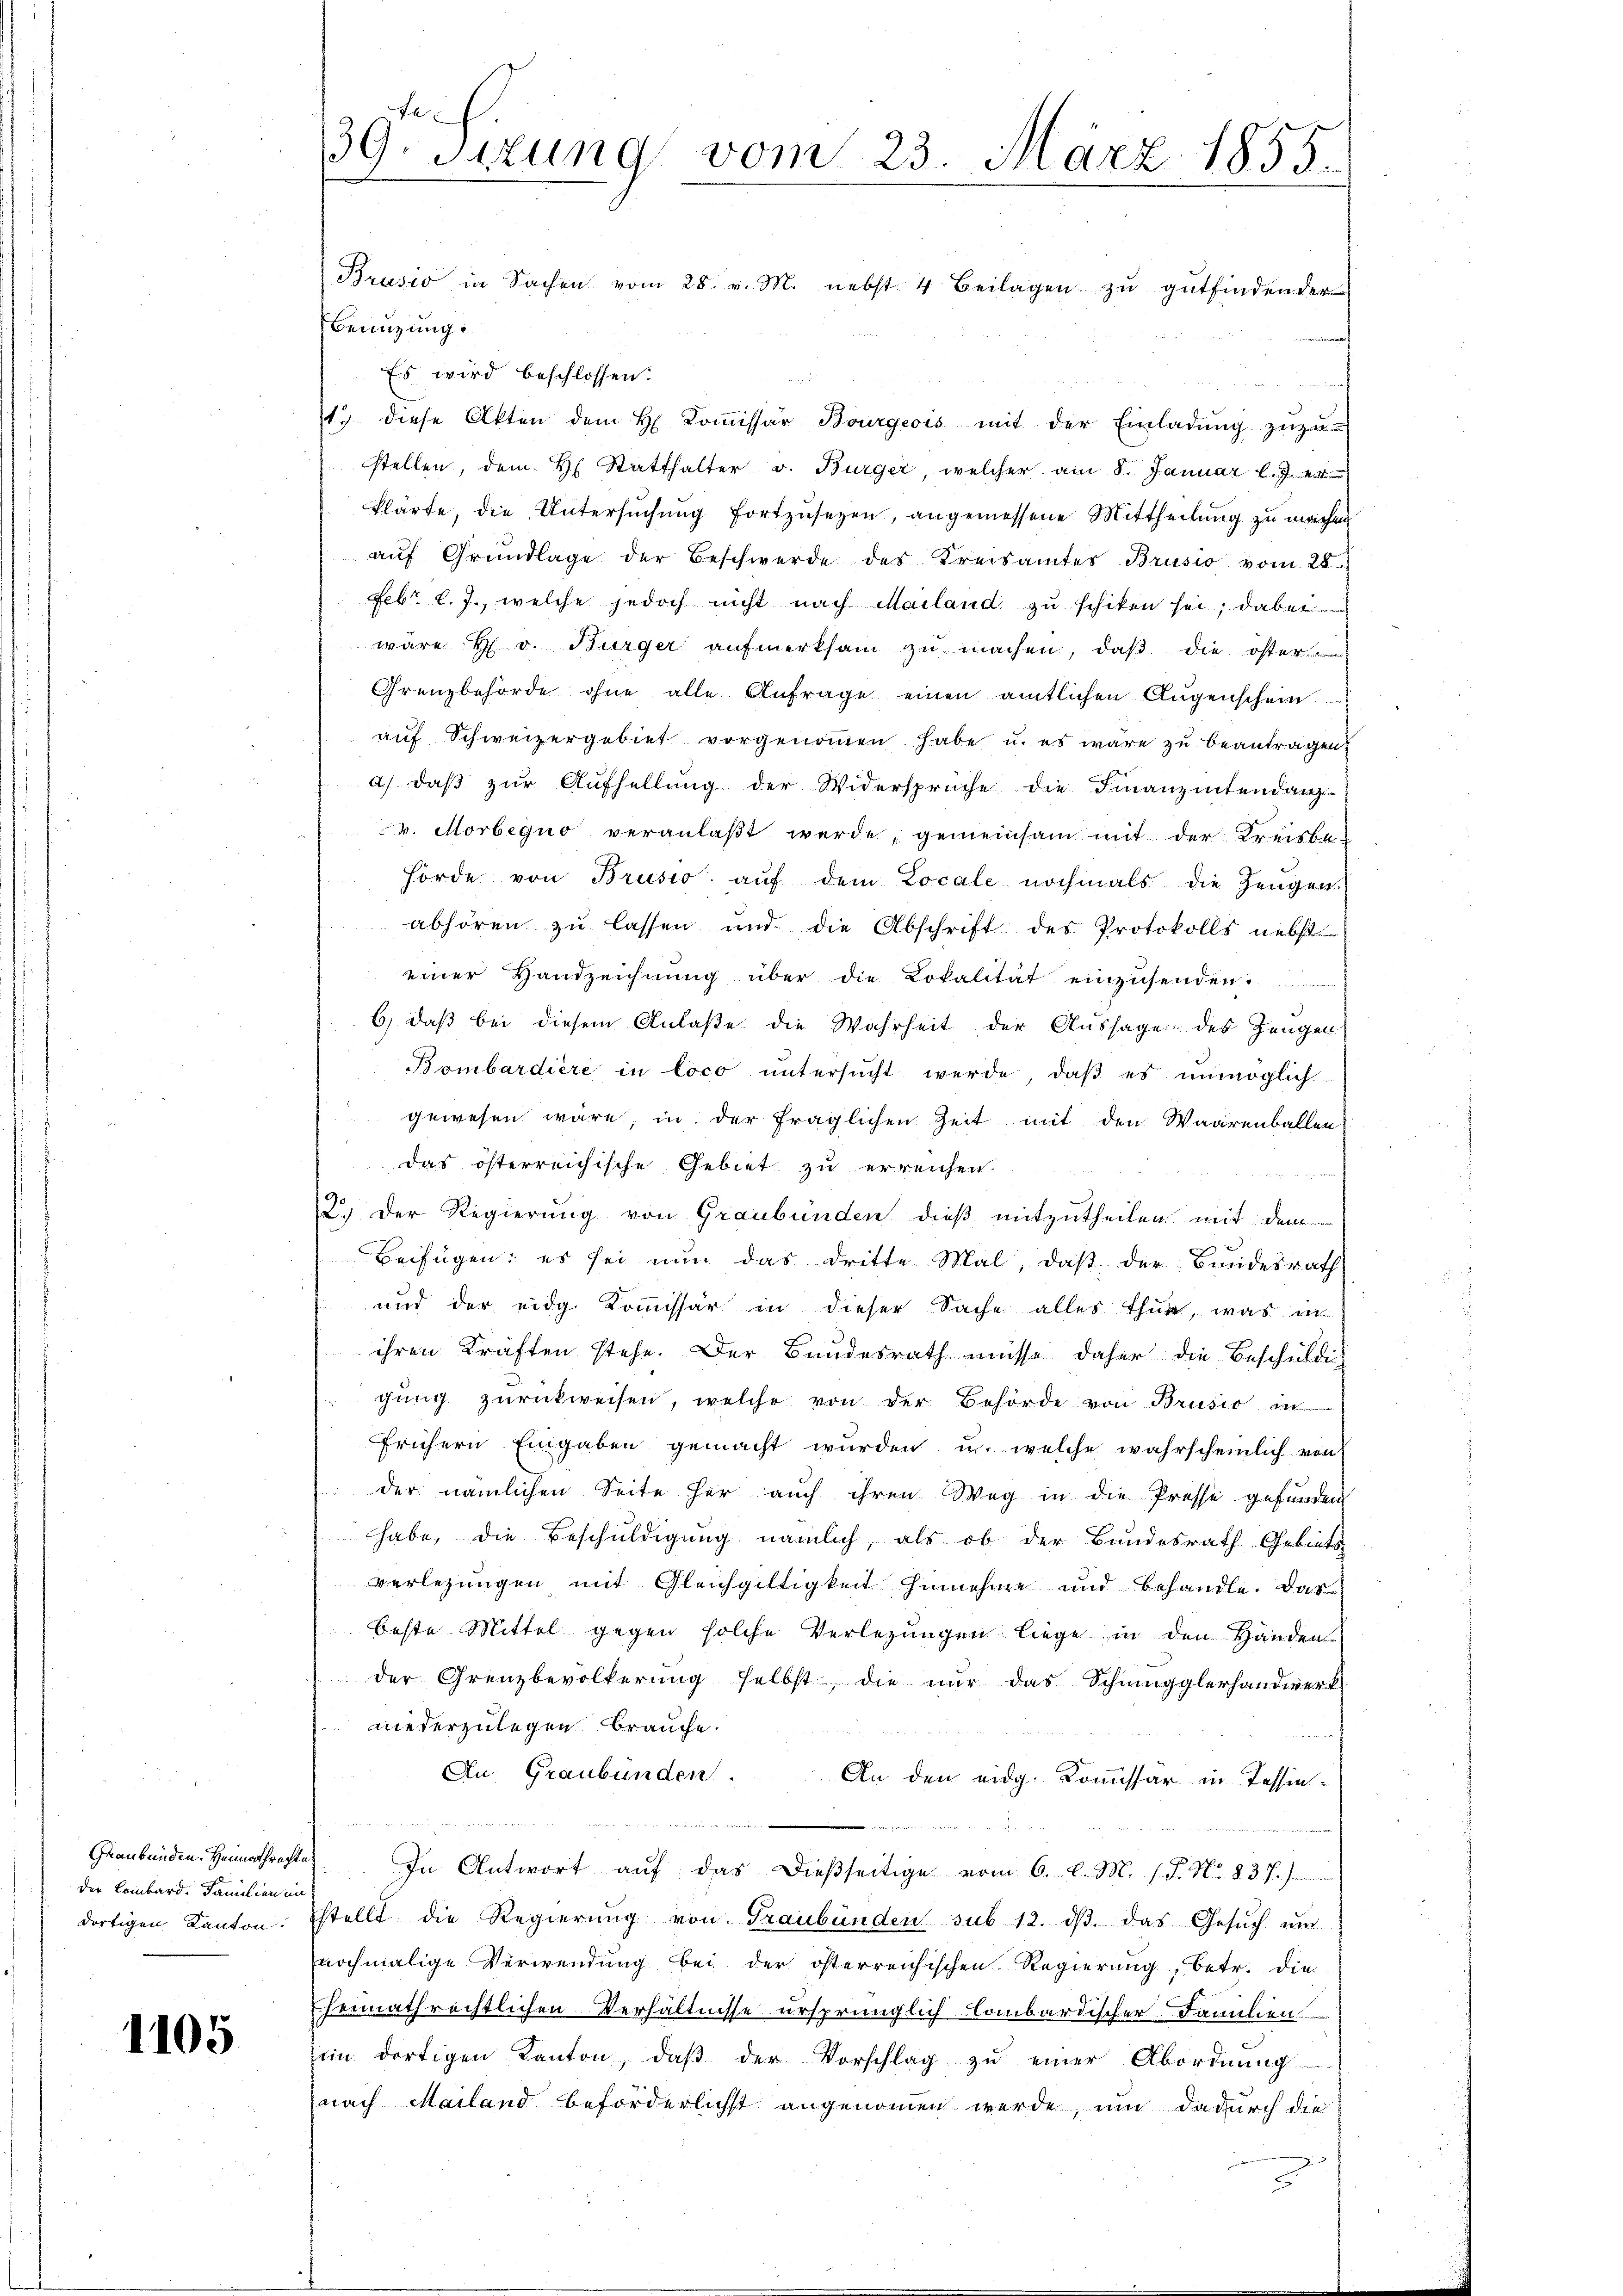
Graubünden. Heimathrechte
der Lombard. Familien in
dortigen Kanton.

1105

fl
39. Sitzung vom 23. März 1855.

Benuzung.
Es wird beschlossen:
17 diese Akten dem H. Koṁissär Bourgeois mit der Einladŭng zuzu-
stellen, dem H. Statthalter v. Bürger, welcher am 8. Januar l. J. 14
klärte, die Untersŭchŭng fortzusetzen, angemessene Mittheilung zu machen
aŭf Grŭndlage der Beschwerde des Kreisamtes Brusio vom 28.
Febr. l. J., welche jedoch nicht nach Mailand zu schiken sei; dabei
wäre H. v. Bürger aufmerksam zu machen, daß die öster
Grenzbehörde ohne alle Anfrage einen amtlichen Aŭgenschein
auf Schweizergebiet vorgenommen habe u. es wäre zu beantragen
a) daß zur Aufhellung der Widersprüche die Finanzintendanz-
v. Morbegno veranlaßt werde, gemeinsam mit der Kreisbehörde von Brusio aŭf dem Locale nochmals die Zeugen.
abhören zu lassen und die Abschrift des Protokolls nebst
einer Handzeichnŭng über die Lokalität einzusenden.
6, daß bei diesem Anlaße die Wahrheit der Aussage des Zeugen
Bombardière in loco untersŭcht werde, daβ es unmöglich.
 gewesen wäre in der fraglichen Zeit mit den Waarenballen
das österreichische Gebiet zu erreichen
2.) Der Regierung von Graubünden dieß mitzutheilen mit dem
Beifügen; es sei nun das dritte Mal, daß der Bundesrath
und der eidg. Kommissär in dieser Sache alles thur, was in
ihren Kräften stehe. Der Bundesrath müsse daher die Beschulden
gŭng zŭrückweisen, welche von der Behörde von Brusio in
frühern Eingaben gemacht wŭrden u. welche wahrscheinlich von
der nämlichen Seite her auch ihren Weg in die Presse gefunden
habe, die Beschuldigung nämlich, als ob der Bundesrath Gebiets
verlegungen mit Gleichgiltigkeit hinnehme und behandle. Das
beste Mittel gegen solche Verlegungen liege in den Händen
der Grenzbevölkerŭng selbst, die nur das Schmugglerhandwerk
niederzulegen brauche.
An Graubünden.
An den eidg. Kommissär in Tessin¬
In Antwort aŭf das dießseitige vom 6. l. M. (T. N. 837.)
stellt die Regierŭng von Graubünden sub 12. dβ das Gesŭch ŭm
nochmalige Verwendung bei der österreichischen Regierung, betr. die
heimathrechtlichen Verhältnisse ursprünglich lombardischer Familien
im dortigen Kanton, daß der Vorschlag zu einer Abordnung
nach Mailand beförderlichst angenommen werde, um dadurch die
E

Brusio in Sachen vom 28. v. M. nebst 4 Beilagen zŭ gŭtfindender